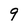
Character: 9